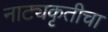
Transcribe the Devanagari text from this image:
नाट्यकृतीचा